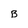
Character: B